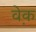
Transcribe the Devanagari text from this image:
व़ेक